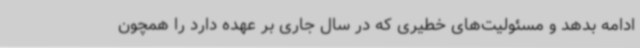
ادامه بدهد و مسئولیت‌های خطیری که در سال جاری بر عهده دارد را همچون